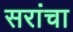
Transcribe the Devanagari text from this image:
सरांचा